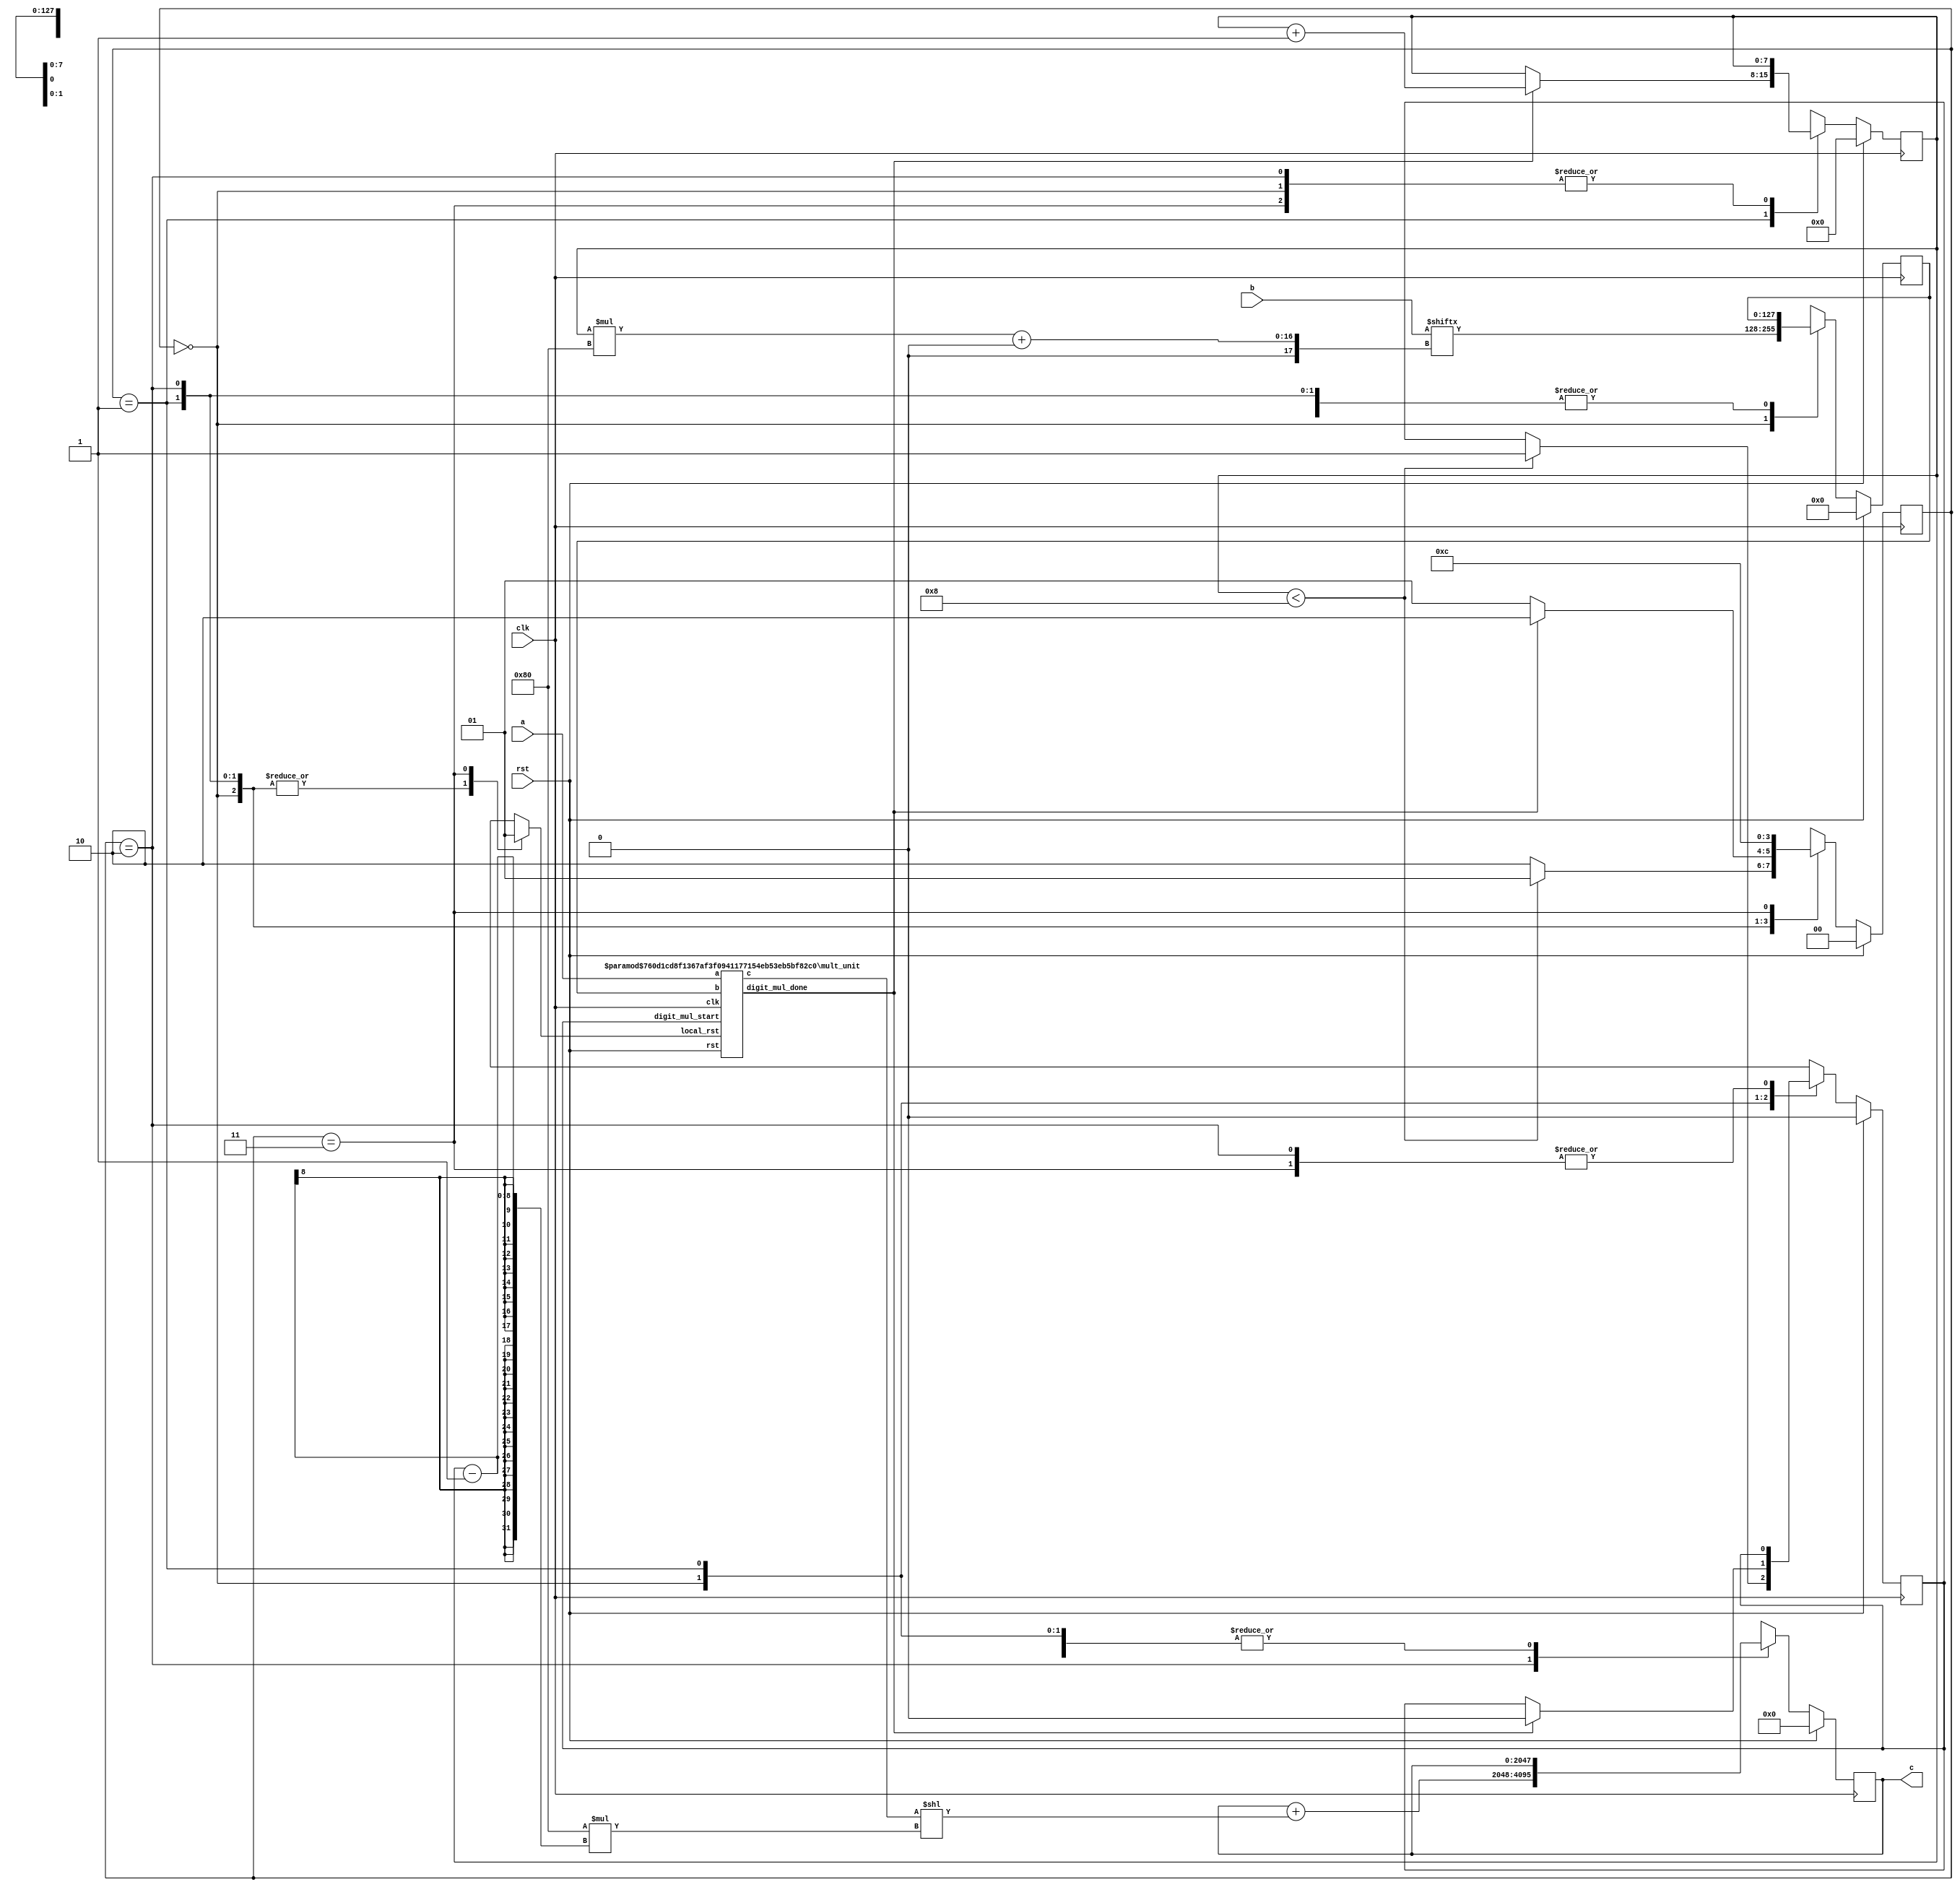
// TalTech large integer multiplier library
// Multiplier type: sbm_digitized
// Parameters: 1024 1024 1
// Target tool: genus
module sbm_digitized(clk, rst, a, b, c);

// Declaration of parameters
parameter SIZEA = 1024;
parameter SIZEB = 1024;
parameter SIZEOF_DIGITS = 128;
parameter DIGITS = 9;

// Declaration of module inputs and outputs
input clk;
input rst;
input [1023:0] a;
input [1023:0] b;
output reg [2047:0] c;

// Set local parameters for FSM controller
localparam ST_RUN = 0;
localparam ST_WAIT = 1;
localparam ST_OFFSET = 2;
localparam ST_RST = 3;

// Registers declaration 
reg local_rst;
reg digit_mul_start;
reg digit_mul_start_next;
reg  [127:0] short_b;
reg  [127:0] short_b_next;
reg  [7:0] counter_digits;
reg  [7:0] counter_digits_next;
reg  [1:0] state;
reg  [1:0] next_state;
reg  [2047:0] next_c;
reg  [1023:0] tmp;
reg  [510:0] upper_addr;
reg  [510:0] lower_addr;

// Wires declaration 
wire digit_mul_done;
wire  [1151:0] short_c;

// Multiplier Instance
mult_unit #(1024, 128) mult_unit (clk, rst, local_rst, a, short_b, digit_mul_start, short_c, digit_mul_done);

// FSM-controller --< Sequential Part
always @(posedge clk) begin
	if (rst == 1'b1) begin
		state <= ST_RUN;
		c <= 2048'b0;
		counter_digits <= 8'b0;
		short_b <= 128'b0;
		digit_mul_start <= 1'b0;
	end
	else begin
		state <= next_state;
		c <= next_c;
		counter_digits <= counter_digits_next;
		short_b <= short_b_next;
		digit_mul_start <= digit_mul_start_next;
	end
end

// FSM-controller --< Combinational Part
always @ (*) begin 
	next_state = state;
	next_c = c;
	digit_mul_start_next = digit_mul_start;
	local_rst = 0;
	counter_digits_next = counter_digits;
	short_b_next = short_b;
	tmp = tmp;
	case (state)
		ST_RUN: begin
			tmp[1023:0] = b[1023:0];
			lower_addr = counter_digits_next*(128);
			short_b_next = tmp[lower_addr+:128];
			if (counter_digits_next < 8) begin
				digit_mul_start_next = 1'b1;
				next_state = ST_WAIT;
			end
			else begin 
				next_state = ST_OFFSET;
			end
		end
		ST_WAIT: begin
			if (digit_mul_done == 1'b1) begin
				digit_mul_start_next = 1'b0;
				counter_digits_next = counter_digits_next +1;
				next_state = ST_OFFSET;
			end
			else begin 
				next_state = ST_WAIT;
			end
		end
		ST_OFFSET: begin
			next_c = next_c + (short_c << 128 *(counter_digits_next-1));			next_state = ST_RST;
		end
		ST_RST: begin
			local_rst = 1'b1;
			next_state = ST_RUN;
		end
	endcase
end
endmodule

// multiplier inside the sbm_digitized
module mult_unit(clk, rst, local_rst, a, b, digit_mul_start, c, digit_mul_done);

// Declaration of parameters
parameter SHORTA = 1;
parameter SHORTB = 1;

// Declaration of module inputs and outputs
input clk;
input rst;
input local_rst;
input [1023:0] a;
input [127:0] b;
input digit_mul_start;
output reg [1151:0] c;
output reg digit_mul_done;

// Registers declaration 
reg [11:0] count;

always @ (posedge clk) begin 
	if ((rst == 1'b1) || (local_rst == 1'b1)) begin
		c <= {SHORTA+SHORTB { 1'b0}};
		count <= 12'd0;
		digit_mul_done <= 1'b0;
	end
	else begin
		if (digit_mul_start == 1'b1) begin
			if (count < SHORTB) begin
				if (b[count] == 1) begin
					c <= c + (a << count);
				end
					count <= count + 12'd1;
			end
			else begin
				digit_mul_done <= 1'b1;
			end
		end
	end
end
endmodule